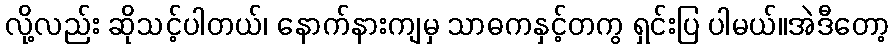
လို့လည်း ဆိုသင့်ပါတယ်၊ နောက်နားကျမှ သာဓကနှင့်တကွ ရှင်းပြ ပါမယ်။အဲဒီတော့